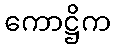
ကောဋ္ဌိက